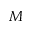
M